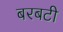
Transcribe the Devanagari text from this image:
बरबटी